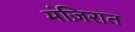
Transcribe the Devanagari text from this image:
मंज़िरात